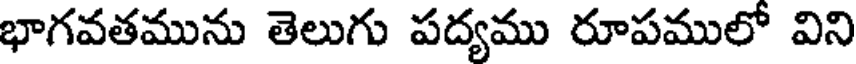
భాగవతమును తెలుగు పద్యము రూపములో విని